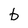
Character: b